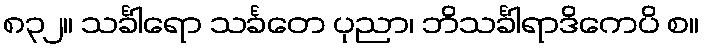
၈၃၂။ သင်္ခါရော သင်္ခတေ ပုညာ၊ ဘိသင်္ခါရာဒိကေပိ စ။